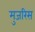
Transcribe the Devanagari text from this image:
मुजरिस